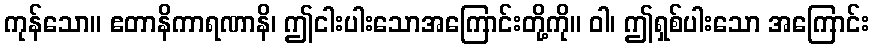
ကုန်သော။ ဧတာနိကာရဏာနိ၊ ဤငါးပါးသောအကြောင်းတို့ကို။ ဝါ၊ ဤရှစ်ပါးသော အကြောင်း